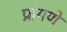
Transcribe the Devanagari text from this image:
प्रांगणे